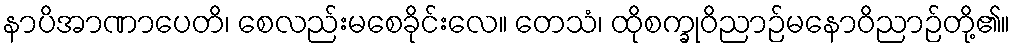
နာပိအာဏာပေတိ၊ စေလည်းမစေခိုင်းလေ။ တေသံ၊ ထိုစက္ခုဝိညာဉ်မနောဝိညာဉ်တို့၏။